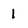
Character: 1